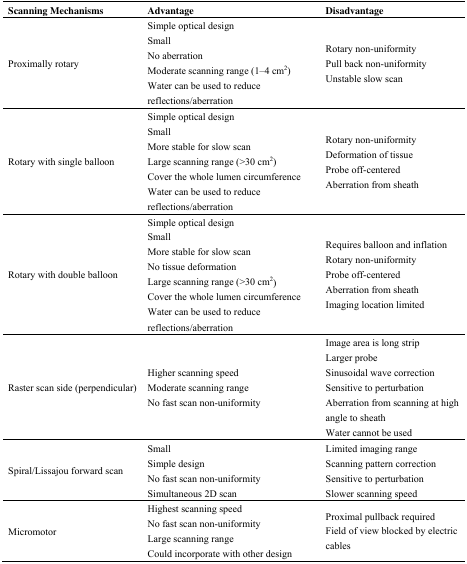
| Scanning Mechanisms | Advantage | Disadvantage |
 | --- | --- | --- |
 | Proximally rotary | Simple optical design Small No aberration Moderate scanning range (1–4 cm2) Water can be used to reduce reflections/aberration | Rotary non-uniformity Pull back non-uniformity Unstable slow scan |
 | Rotary with single balloon | Simple optical design Small More stable for slow scan Large scanning range (>30 cm2) Cover the whole lumen circumference Water can be used to reduce reflections/aberration | Rotary non-uniformity Deformation of tissue Probe off-centered Aberration from sheath |
 | Rotary with double balloon | Simple optical design Small More stable for slow scan No tissue deformation Large scanning range (>30 cm2) Cover the whole lumen circumference Water can be used to reduce reflections/aberration | Requires balloon and inflation Rotary non-uniformity Probe off-centered Aberration from sheath Imaging location limited |
 | Raster scan side (perpendicular) | Higher scanning speed Moderate scanning range No fast scan non-uniformity | Image area is long strip Larger probe Sinusoidal wave correction Sensitive to perturbation Aberration from scanning at high angle to sheath Water cannot be used |
 | Spiral/Lissajou forward scan | Small Simple design No fast scan non-uniformity Simultaneous 2D scan | Limited imaging range Scanning pattern correction Sensitive to perturbation Slower scanning speed |
 | Micromotor | Highest scanning speed No fast scan non-uniformity Large scanning range Could incorporate with other design | Proximal pullback required Field of view blocked by electric cables |